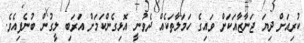
ކުރިއަށް ދިޔަ ޖަނާޒާއަކަށް ވައިގެ ހަމަލާތަކެއް ދެވުނީ އޮޅިގެންކަމަށް އަރަބި ލީގުން ބުނެފިއެވެ.